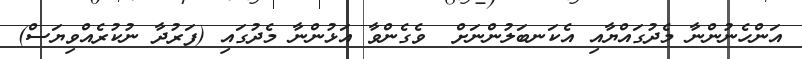
އަންހެނުންނާ މެދުގައްޔާއި އެކަނބަލުންނަށް  ވެގެންވާ އަޅުންނާ މެދުގައި (ފަރުދާ ނުކުރެއްވިޔަސް)